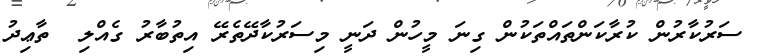
ސަރުކާރުން ކުރާކަންތައްތަކުން ގިނަ މީހުން ދަނީ މިސަރުކާދޭތެރޭ އިތުބާރު ގެއްލި  ތާޢިދު